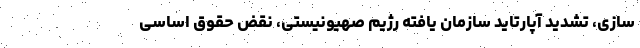
سازی، تشدید آپارتاید سازمان یافته رژیم صهیونیستی، نقض حقوق اساسی